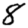
Digit: 8